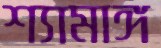
শ্যামাঙ্গ